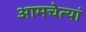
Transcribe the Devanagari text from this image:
आमचेत्यां